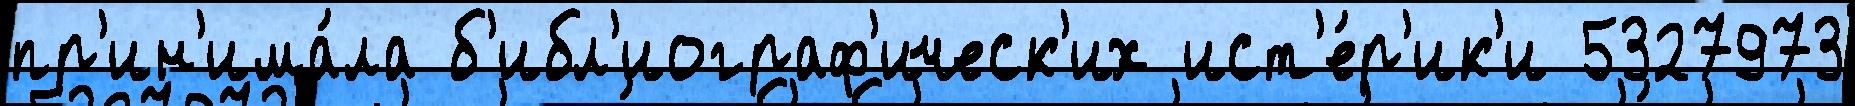
пр'ин'има́ла б'ибл'иограф'ическ'их ист'е́р'ик'и 5327973